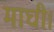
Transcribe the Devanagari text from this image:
माघी।